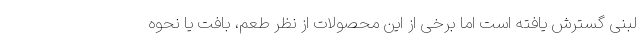
لبنی گسترش یافته است اما برخی از این محصولات از نظر طعم، بافت یا نحوه